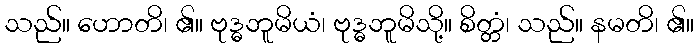
သည်။ ဟောတိ၊ ၏။ ဗုဒ္ဓဘူမိယံ၊ ဗုဒ္ဓဘူမိသို့။ စိတ္တံ၊ သည်။ နမတိ၊ ၏။